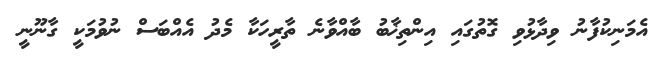
އެމަނިކުފާނު ވިދާޅުވި ގޮތުގައި އިންތިޚާބު ބާއްވާނެ ތާރީހަކާ މެދު އެއްބަސް ނުވުމަކީ ގާނޫނީ